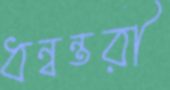
ধন্বন্তরী